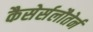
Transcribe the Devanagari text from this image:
कैसेर्सलौतेर्न